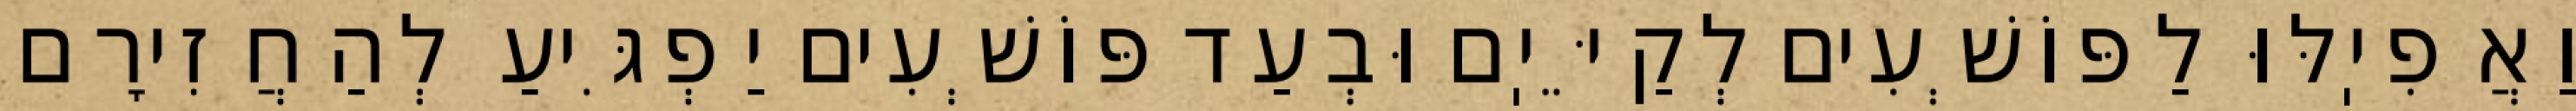
וַאֲפִיֽלּוּ לַפּוֹשְׁעִים לְקַיֵּיֽם וּבְעַד פּוֹשְׁעִים יַפְגִּיעַ לְהַחֲזִירָם